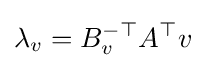
\lambda _{v}=B_{v}^{-\top }A^{\top }v